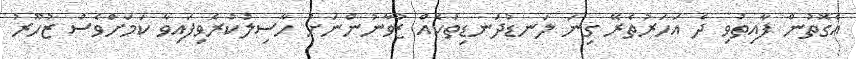
އެގޮތުން ފާއިތުވި ދެ އަހަރުތެރޭ ގިނަ ލަނޑުދަނޑިތަކެއް ޒުވާނުންނަށް ހާސިލުކުރެވިފައިވާ ކަމަށްވެސް ޒުހޫރު